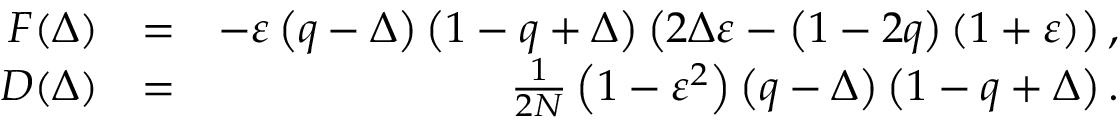
\begin{array} { r l r } { F ( \Delta ) } & { = } & { - \varepsilon \left( q - \Delta \right) \left( 1 - q + \Delta \right) \left( 2 \Delta \varepsilon - \left( 1 - 2 q \right) ( 1 + \varepsilon ) \right) , } \\ { D ( \Delta ) } & { = } & { \frac { 1 } { 2 N } \left( 1 - \varepsilon ^ { 2 } \right) \left( q - \Delta \right) \left( 1 - q + \Delta \right) . } \end{array}